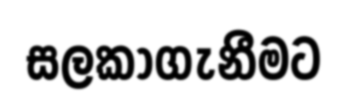
සලකාගැනීමට